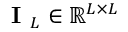
\textbf { I } _ { L } \in \mathbb { R } ^ { L \times L }